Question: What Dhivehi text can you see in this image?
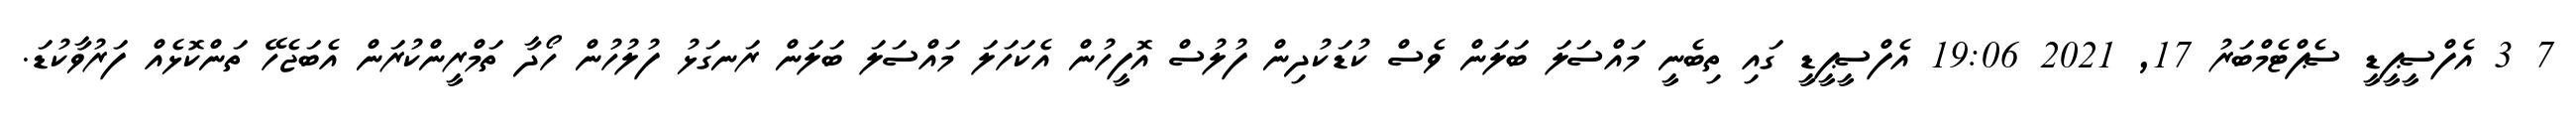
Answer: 7 3 އެފްސީޕީޑީ ސެޕްޓެމްބަރު 17, 2021 19:06 އެފްސީޕީޑީ ގައި ތިބެނީ މައްސަލަ ބަލަން ވެސް ކުޑަކުދިން ފުލުސް އޮފީހުން އެކަހަލަ މައްސަލަ ބަލަން ރަނގަޅު ފުލުހުން ހޯދާ ތަމްރީންކުރަން އެބަޖެހޭ ތަންކޮޅެއް ފަރުވާކުޑަ.